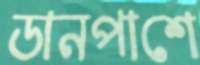
ডানপাশে